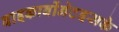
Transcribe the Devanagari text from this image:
बाइकार्बोनेटइसके